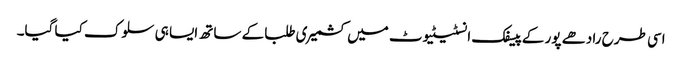
اسی طرح رادھے پور کے پیسفک انسٹیٹیوٹ میں کشمیری طلبا کے ساتھ ایسا ہی سلوک کیا گیا۔